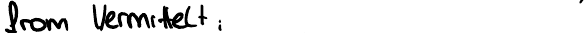
from Vermittelt